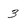
Character: 3